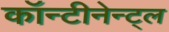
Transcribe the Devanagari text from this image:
कॉन्टीनेन्ट्ल